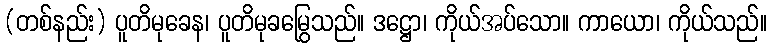
(တစ်နည်း) ပူတိမုခေန၊ ပူတိမုခမြွေသည်။ ဒဋ္ဌော၊ ကိုယ်အပ်သော။ ကာယော၊ ကိုယ်သည်။